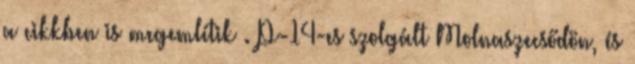
a cikkben is megemlítik . P-14-es szolgált Molnaszecsődön, és